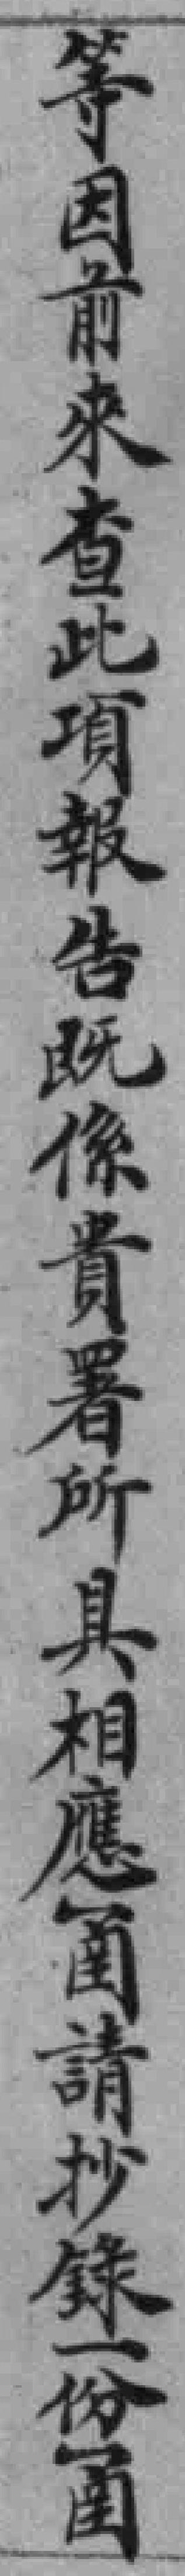
等因前來查此項報告既係貴署所具相應圅請抄錄一份圅